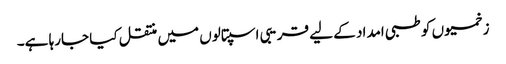
زخمیوں کو طبی امداد کے لیے قریبی اسپتالوں میں منتقل کیا جارہا ہے۔